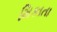
મિકાતા